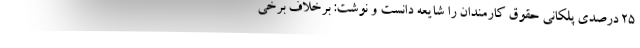
۲۵ درصدی پلکانی حقوق کارمندان ‌را شایعه دانست و نوشت: برخلاف برخی